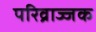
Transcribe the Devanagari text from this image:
परिव्राज्जक